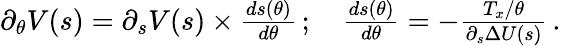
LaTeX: \begin{array}{r}{\partial_{\theta}V(s)=\partial_{s}V(s)\times\frac{ds(\theta)}{d\theta}\, ;\quad\frac{ds(\theta)}{d\theta}=-\frac{T_{x}/\theta}{\partial_{s}\Delta U(s)}\, .}\end{array}